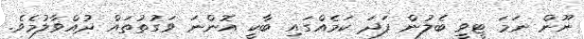
ނޫން ނަމަ ޓީވީ ބެލުން ފަދަ ކަމެއްގައި ބާކީ އޮންނަ ވަގުތުތައް ދުއްވާލުމެވެ.